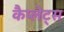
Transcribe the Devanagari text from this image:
कैप्लेट्स